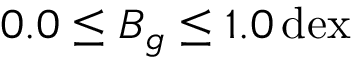
0 . 0 \leq B _ { g } \leq 1 . 0 \, \mathrm { d e x }